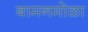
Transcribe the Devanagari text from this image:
बामनमोळा